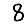
Digit: 8